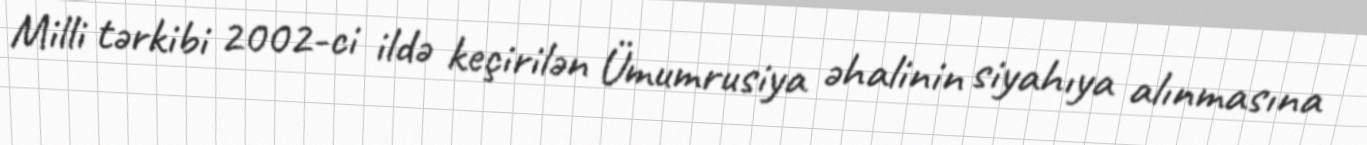
Milli tərkibi 2002-ci ildə keçirilən Ümumrusiya əhalinin siyahıya alınmasına